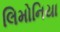
લિમોનિયા